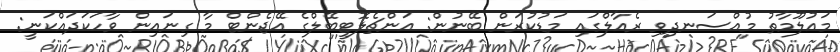
މައުލޫމާތު މުއްސަނދިވި ރެއާލްގައި މަޑުކުރަން ބޭނުން: އަންޗެލޮޓީބޭލްގެ އޭޖެންޓް މާ ގިނައިން ވާހަކަދައްކަނީ: